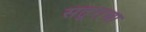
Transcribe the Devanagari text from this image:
सतूराचा